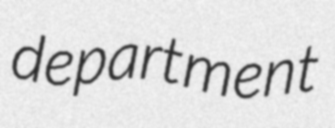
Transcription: department